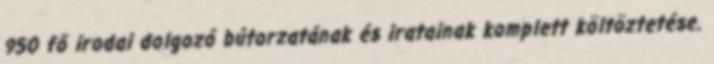
950 fő irodai dolgozó bútorzatának és iratainak komplett költöztetése.